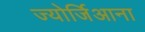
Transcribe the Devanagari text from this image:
ज्योर्जिआना